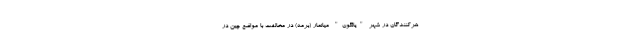
هرکنندگان در شهر "یانگون" میانمار (برمه) در مخالفت با مواضع چین در